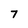
Character: 7